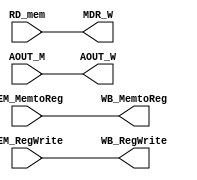
module MEM_WB (RD_mem, AOUT_M, MEM_MemtoReg, MEM_RegWrite,
MDR_W, AOUT_W, WB_MemtoReg, WB_RegWrite);
    
    input [31:0] RD_mem;
    input [31:0] AOUT_M;
    input MEM_MemtoReg;
    input MEM_RegWrite;

    output reg [31:0] MDR_W;
    output reg [31:0] AOUT_W;
    output reg WB_MemtoReg;
    output reg WB_RegWrite;


    always @(*) begin
        MDR_W <= RD_mem;
        AOUT_W <= AOUT_M;
        WB_MemtoReg <= MEM_MemtoReg;
        WB_RegWrite <= MEM_RegWrite;
        // $display("%2t: MEM_WB", $time);
    end
endmodule